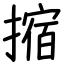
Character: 摍